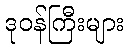
ဒုဝန်ကြီးများ